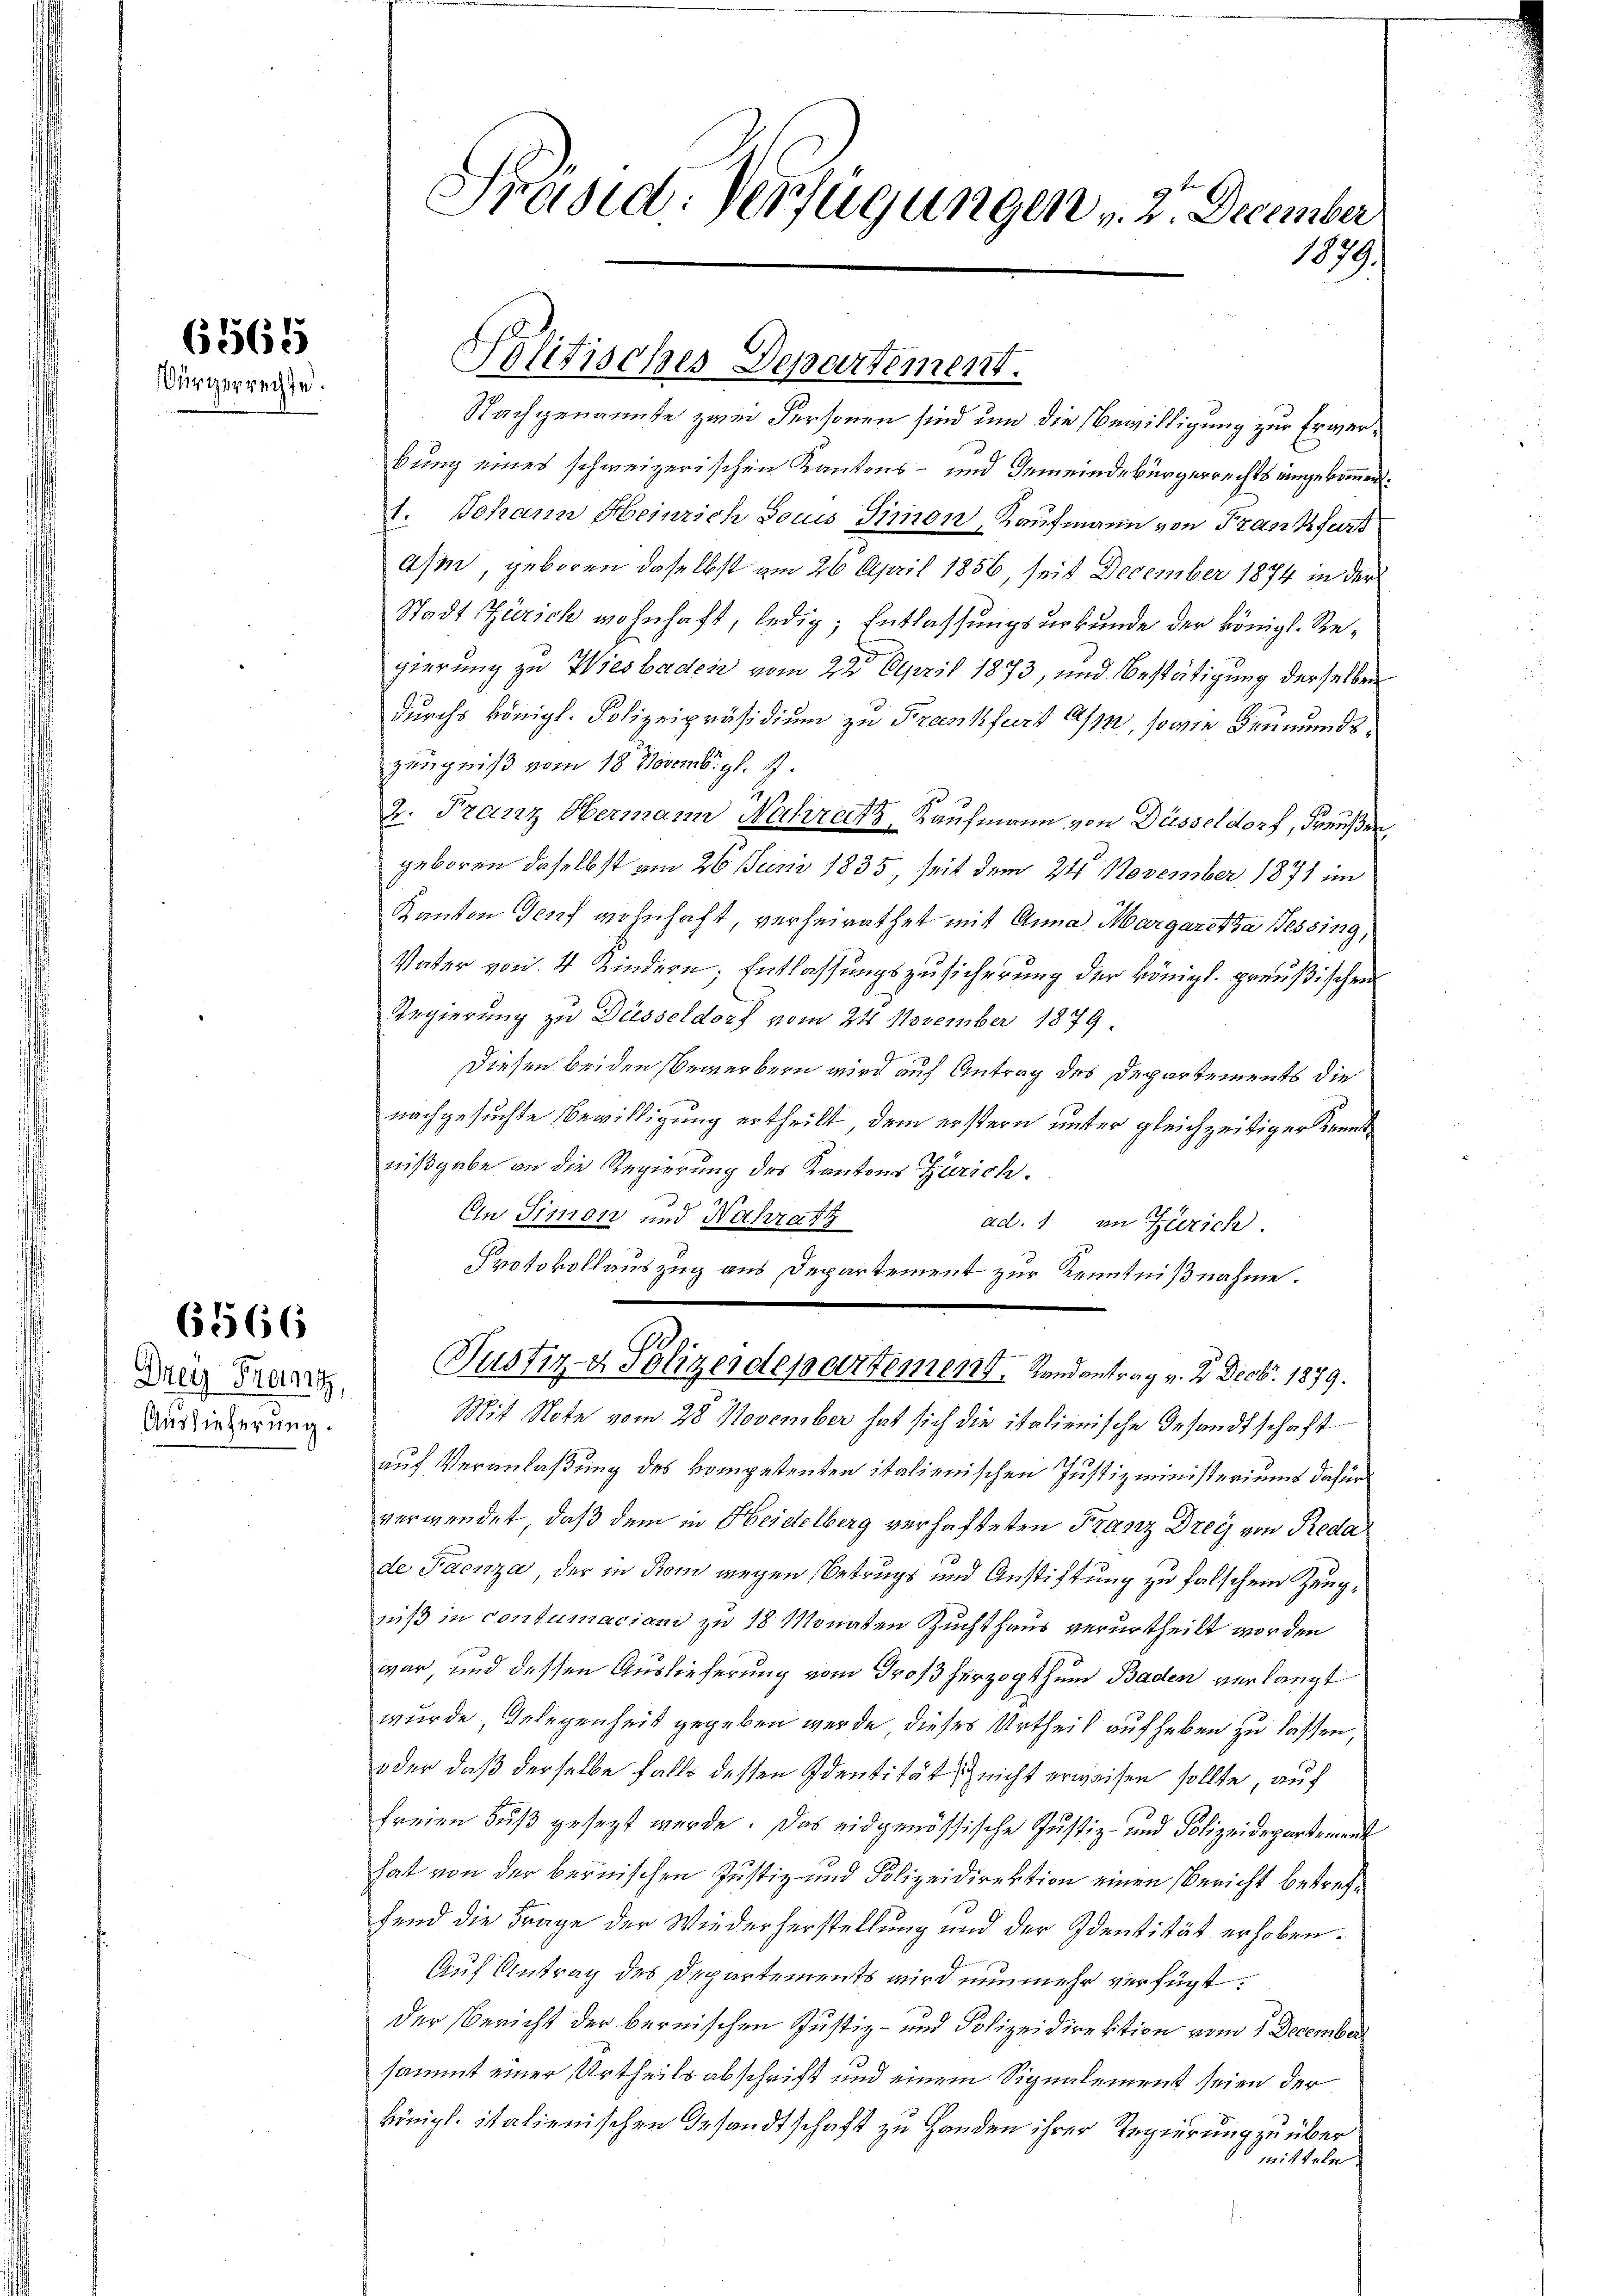
61565
Bürgerrechte

Drey Freiarz,
Auslieferung.

6566

Präsid. Verfügungen v. 2. December
1079.

Politisches Departement.

Nachgenannte zwei Personen sind und die Bewilligung zur Erwerbung eines schweizerischen Kantons- und Gemeindebürgerrechts eingekommen.
1. Johann Heinrich Louis Simon, Kaufmann von Frankfurt
asen, geboren daselbst am 26 April 1856, seit December 1874 in der
Stadt Zürich wohnhaft, ledig; Entlassungsurkunde der Königl. Regierung zu Wiesbaden vom 2te͇n April 1873, und Bestätigung derselben
durchs Königl. Polizeipräsidium zu Frankfurt Aspe, sowie Beumundszeugniß vom 18. Novemb. gl. J.
2. Franz Hermann Nahirats, Kaufmann von Düsseldorf, Preußen
geboren daselbst am 26 Juni 1835, seit dem 24. November 1871 im
Kanton Genf wohnhaft verheirathet mit Anna Margaretha Tessing,
Vater von 4 Kindern; Entlassungszusicherung der königl. preußischen
Regierung zu Düsseldorf vom 24. November 1879.
G
Diesen beiden Bewerbern wird auf Antrag des Departements die
nachgesuchte Bewilligung ertheilt, dem erstern unter gleichzeitiger Kenntnißgabe an die Regierung des Kantons Zürich.
s
Ein Simon und Nahratz
ad. 1 in Zürich.
Protokollauszug aus Departement zur Kenntnißnahme.
Justiz- & Polizeidepartement. Landantrag v. 2. Decbr. 1879.
Mit Note vom 28 November hat sich die italienische Gesandtschaft
auf Veranlaßung des kompetenten italienischen Justizministerium dafür
verwendet, daß dem in Heidelberg verhafteten Franz Dreiz von Reda
de Faenza, der in Rom wegen Betrugs und Anstiftung zu falschen Zeugniß in contumacian zu 18 Monaten Zuchthaus verurtheilt worden
war, und dessen Auslieferung vom Großherzogthum Baden verlangt
wurde, Gelegenheit gegeben wurde dieses Urtheil auf heben zu lassen
oder daß derselbe falls dessen Identität sich nicht erweisen sollte, auf
freien Fuß gesezt werde. Das eidgenössische Justiz- und Polizeidepartement
hat von der bernischen Justiz- und Polizeidirektion einen Bericht betreffend die Frage der Wiederherstellung und der Identität erhoben.
Auf Antrag des Departements wird nunmehr verfügt:
Der Bericht der bernischen Justiz- und Polizeidirektion vom 1. December
sammt einer Urtheilsabschrift und einem Signalement seien der
königl. italienischen Gesandtschaft zu Handen ihrer Regierung zu über
mitteln